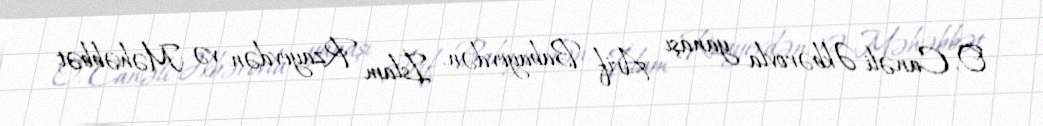
O, Canəli Əkbərovla yanaşı Arif Babayevdən, İslam Rzayevdən və Məhəbbət